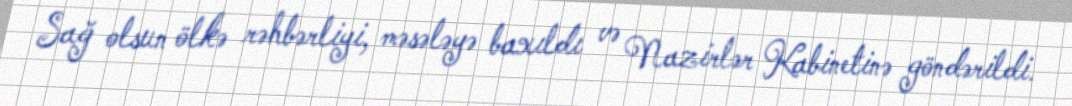
Sağ olsun ölkə rəhbərliyi, məsələyə baxıldı və Nazirlər Kabinetinə göndərildi.